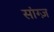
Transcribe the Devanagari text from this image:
सांग्ज़